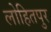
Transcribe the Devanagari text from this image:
लोहितपुर